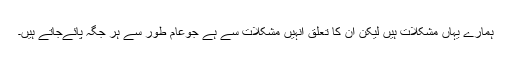
ہمارے یہاں مشکلات ہیں لیکن ان کا تعلق انہیں مشکلات سے ہے جوعام طور سے ہر جگہ پائےجاتے ہیں۔